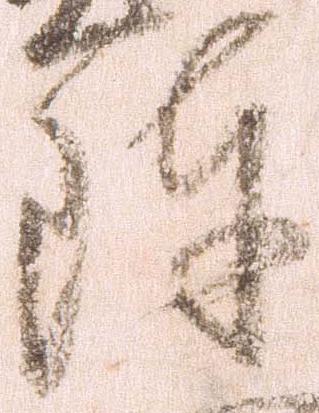
陣